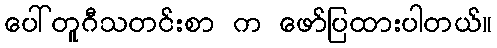
ပေါ်တူဂီသတင်းစာ က ဖော်ပြထားပါတယ်။